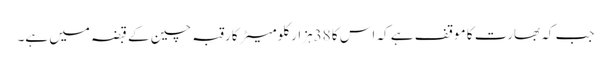
جب کہ بھارت کا موقف ہے کہ اس کا 38ہزار کلومیٹر کا رقبہ چین کے قبضہ میں ہے۔